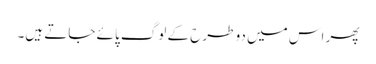
پھر اس میں دو طرح کے لوگ پائے جاتے ہیں۔